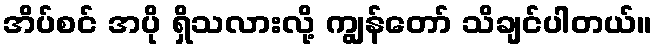
အိပ်စင် အပို ရှိသလားလို့ ကျွန်တော် သိချင်ပါတယ်။